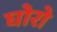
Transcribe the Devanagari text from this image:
घोरो